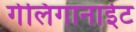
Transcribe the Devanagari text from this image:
गेलिगानाईट